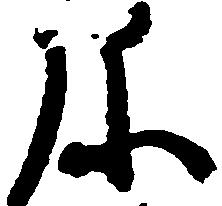
弥